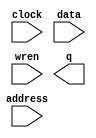
// megafunction wizard: %RAM: 1-PORT%VBB%
// GENERATION: STANDARD
// VERSION: WM1.0
// MODULE: altsyncram 

// ============================================================
// Megafunction Name(s):
// 			altsyncram
//
// Simulation Library Files(s):
// 			altera_mf
// ============================================================
// ************************************************************
// THIS IS A WIZARD-GENERATED FILE. DO NOT EDIT THIS FILE!
//
// 11.1 Build 259 01/25/2012 SP 2.11 SJ Web Edition
// ************************************************************

//Copyright (C) 1991-2011 Altera Corporation
//Your use of Altera Corporation's design tools, logic functions 
//and other software and tools, and its AMPP partner logic 
//functions, and any output files from any of the foregoing 
//(including device programming or simulation files), and any 
//associated documentation or information are expressly subject 
//to the terms and conditions of the Altera Program License 
//Subscription Agreement, Altera MegaCore Function License 
//Agreement, or other applicable license agreement, including, 
//without limitation, that your use is for the sole purpose of 
//programming logic devices manufactured by Altera and sold by 
//Altera or its authorized distributors.  Please refer to the 
//applicable agreement for further details.

module TotalRoundNum1 (
	address,
	clock,
	data,
	wren,
	q);

	input	[7:0]  address;
	input	  clock;
	input	[2:0]  data;
	input	  wren;
	output	[2:0]  q;
`ifndef ALTERA_RESERVED_QIS
// synopsys translate_off
`endif
	tri1	  clock;
`ifndef ALTERA_RESERVED_QIS
// synopsys translate_on
`endif

endmodule

// ============================================================
// CNX file retrieval info
// ============================================================
// Retrieval info: PRIVATE: ADDRESSSTALL_A NUMERIC "0"
// Retrieval info: PRIVATE: AclrAddr NUMERIC "0"
// Retrieval info: PRIVATE: AclrByte NUMERIC "0"
// Retrieval info: PRIVATE: AclrData NUMERIC "0"
// Retrieval info: PRIVATE: AclrOutput NUMERIC "0"
// Retrieval info: PRIVATE: BYTE_ENABLE NUMERIC "0"
// Retrieval info: PRIVATE: BYTE_SIZE NUMERIC "8"
// Retrieval info: PRIVATE: BlankMemory NUMERIC "0"
// Retrieval info: PRIVATE: CLOCK_ENABLE_INPUT_A NUMERIC "0"
// Retrieval info: PRIVATE: CLOCK_ENABLE_OUTPUT_A NUMERIC "0"
// Retrieval info: PRIVATE: Clken NUMERIC "0"
// Retrieval info: PRIVATE: DataBusSeparated NUMERIC "1"
// Retrieval info: PRIVATE: IMPLEMENT_IN_LES NUMERIC "0"
// Retrieval info: PRIVATE: INIT_FILE_LAYOUT STRING "PORT_A"
// Retrieval info: PRIVATE: INIT_TO_SIM_X NUMERIC "0"
// Retrieval info: PRIVATE: INTENDED_DEVICE_FAMILY STRING "Cyclone II"
// Retrieval info: PRIVATE: JTAG_ENABLED NUMERIC "0"
// Retrieval info: PRIVATE: JTAG_ID STRING "NONE"
// Retrieval info: PRIVATE: MAXIMUM_DEPTH NUMERIC "0"
// Retrieval info: PRIVATE: MIFfilename STRING "Z:/Desktop/Animation part3 Nov 27, 2014 v.1/round_one.mif"
// Retrieval info: PRIVATE: NUMWORDS_A NUMERIC "256"
// Retrieval info: PRIVATE: RAM_BLOCK_TYPE NUMERIC "0"
// Retrieval info: PRIVATE: READ_DURING_WRITE_MODE_PORT_A NUMERIC "3"
// Retrieval info: PRIVATE: RegAddr NUMERIC "1"
// Retrieval info: PRIVATE: RegData NUMERIC "1"
// Retrieval info: PRIVATE: RegOutput NUMERIC "0"
// Retrieval info: PRIVATE: SYNTH_WRAPPER_GEN_POSTFIX STRING "0"
// Retrieval info: PRIVATE: SingleClock NUMERIC "1"
// Retrieval info: PRIVATE: UseDQRAM NUMERIC "1"
// Retrieval info: PRIVATE: WRCONTROL_ACLR_A NUMERIC "0"
// Retrieval info: PRIVATE: WidthAddr NUMERIC "8"
// Retrieval info: PRIVATE: WidthData NUMERIC "3"
// Retrieval info: PRIVATE: rden NUMERIC "0"
// Retrieval info: LIBRARY: altera_mf altera_mf.altera_mf_components.all
// Retrieval info: CONSTANT: CLOCK_ENABLE_INPUT_A STRING "BYPASS"
// Retrieval info: CONSTANT: CLOCK_ENABLE_OUTPUT_A STRING "BYPASS"
// Retrieval info: CONSTANT: INIT_FILE STRING "Z:/Desktop/Animation part3 Nov 27, 2014 v.1/round_one.mif"
// Retrieval info: CONSTANT: INTENDED_DEVICE_FAMILY STRING "Cyclone II"
// Retrieval info: CONSTANT: LPM_HINT STRING "ENABLE_RUNTIME_MOD=NO"
// Retrieval info: CONSTANT: LPM_TYPE STRING "altsyncram"
// Retrieval info: CONSTANT: NUMWORDS_A NUMERIC "256"
// Retrieval info: CONSTANT: OPERATION_MODE STRING "SINGLE_PORT"
// Retrieval info: CONSTANT: OUTDATA_ACLR_A STRING "NONE"
// Retrieval info: CONSTANT: OUTDATA_REG_A STRING "UNREGISTERED"
// Retrieval info: CONSTANT: POWER_UP_UNINITIALIZED STRING "FALSE"
// Retrieval info: CONSTANT: WIDTHAD_A NUMERIC "8"
// Retrieval info: CONSTANT: WIDTH_A NUMERIC "3"
// Retrieval info: CONSTANT: WIDTH_BYTEENA_A NUMERIC "1"
// Retrieval info: USED_PORT: address 0 0 8 0 INPUT NODEFVAL "address[7..0]"
// Retrieval info: USED_PORT: clock 0 0 0 0 INPUT VCC "clock"
// Retrieval info: USED_PORT: data 0 0 3 0 INPUT NODEFVAL "data[2..0]"
// Retrieval info: USED_PORT: q 0 0 3 0 OUTPUT NODEFVAL "q[2..0]"
// Retrieval info: USED_PORT: wren 0 0 0 0 INPUT NODEFVAL "wren"
// Retrieval info: CONNECT: @address_a 0 0 8 0 address 0 0 8 0
// Retrieval info: CONNECT: @clock0 0 0 0 0 clock 0 0 0 0
// Retrieval info: CONNECT: @data_a 0 0 3 0 data 0 0 3 0
// Retrieval info: CONNECT: @wren_a 0 0 0 0 wren 0 0 0 0
// Retrieval info: CONNECT: q 0 0 3 0 @q_a 0 0 3 0
// Retrieval info: GEN_FILE: TYPE_NORMAL TotalRoundNum1.v TRUE
// Retrieval info: GEN_FILE: TYPE_NORMAL TotalRoundNum1.inc FALSE
// Retrieval info: GEN_FILE: TYPE_NORMAL TotalRoundNum1.cmp FALSE
// Retrieval info: GEN_FILE: TYPE_NORMAL TotalRoundNum1.bsf FALSE
// Retrieval info: GEN_FILE: TYPE_NORMAL TotalRoundNum1_inst.v TRUE
// Retrieval info: GEN_FILE: TYPE_NORMAL TotalRoundNum1_bb.v TRUE
// Retrieval info: LIB_FILE: altera_mf